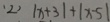
( 2 ) \vert x + 3 \vert + \vert x - 5 \vert